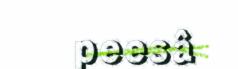
peesâ